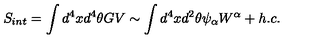
S _ { i n t } = \int d ^ { 4 } x d ^ { 4 } \theta G V \sim \int d ^ { 4 } x d ^ { 2 } \theta \psi _ { \alpha } W ^ { \alpha } + h . c .